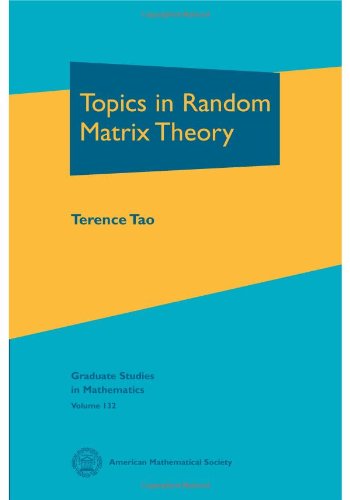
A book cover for Topics in Random Matrix Theory (Graduate Studies in Mathematics); Terence Tao; Science & Math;